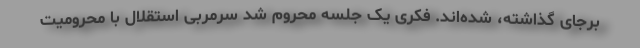
برجای گذاشته، شده‌اند. فکری یک جلسه محروم شد سرمربی استقلال با محرومیت